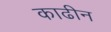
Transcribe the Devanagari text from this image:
काढीन